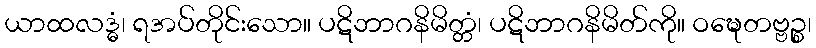
ယာထလဒ္ဓံ၊ ရအပ်တိုင်းသော။ ပဋိဘာဂနိမိတ္တံ၊ ပဋိဘာဂနိမိတ်ကို။ ဝဍ္ဎေတဗ္ဗဉ္စ၊